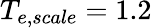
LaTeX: T_{e,scale}=1.2